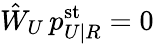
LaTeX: \hat{W}_{U}\, p_{U|R}^{\mathrm{st}}=0